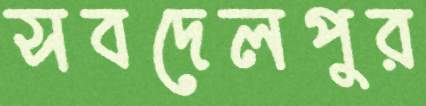
সবদেলপুর